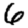
Digit: 6